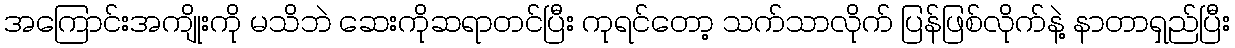
အကြောင်းအကျိုးကို မသိဘဲ ဆေးကိုဆရာတင်ပြီး ကုရင်တော့ သက်သာလိုက် ပြန်ဖြစ်လိုက်နဲ့ နာတာရှည်ပြီး